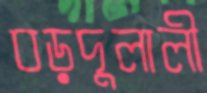
বড়দুলালী